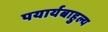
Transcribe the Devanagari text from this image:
पयार्यबाहुल्य